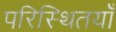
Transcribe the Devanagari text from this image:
परिस्थितयाँ